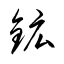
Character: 鉱